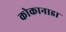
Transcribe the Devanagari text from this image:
कोकानाडा